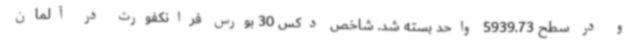
و در سطح 5939.73 واحد بسته شد. شاخص دکس 30 بورس فرانکفورت در آلمان